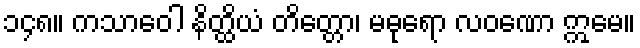
၁၄၈။ ကသာဝေါ နိတ္ထိယံ တိတ္တော၊ မဓုရော လဝဏော ဣမေ။